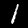
Label: 1